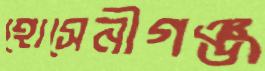
হোসেনীগঞ্জ